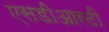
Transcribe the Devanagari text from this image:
एसडीआरटी